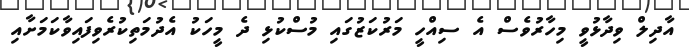
އާދިލް ވިދާޅުވީ މިހާރުވެސް އެ ސިއްހީ މަރުކަޒުގައި މުސްކުޅި ދެ މީހަކު އެދުމަތިކުރެވިފައިވާކަމަށާއި